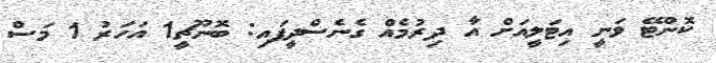
ކޮންޓޭ ވަނީ އިޓަލީއަށް އާ ދިރުމެއް ގެނެސްދީފައި: ބޮނޫޗީ1 އަހަރު 1 މަސް